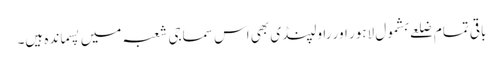
باقی تمام ضلعے بشمول لاہور اور راولپنڈی بھی اس سماجی شعبہ میں پسماندہ ہیں۔